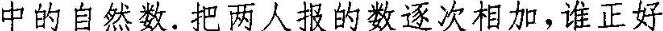
中的自然数。把两人报的数逐次相加，谁正好